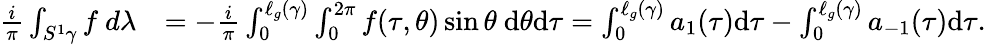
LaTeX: \begin{array}{rl}{\frac{i}{\pi}\int_{S^{1}\gamma}f~d\lambda}&{=-\frac{i}{\pi}\int_{0}^{\ell_{g}(\gamma)}\int_{0}^{2\pi}f(\tau,\theta)\sin\theta~\mathrm{d}\theta\mathrm{d}\tau=\int_{0}^{\ell_{g}(\gamma)}a_{1}(\tau)\mathrm{d}\tau-\int_{0}^{\ell_{g}(\gamma)}a_{-1}(\tau)\mathrm{d}\tau.}\end{array}